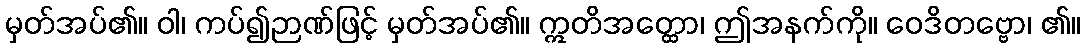
မှတ်အပ်၏။ ဝါ၊ ကပ်၍ဉာဏ်ဖြင့် မှတ်အပ်၏။ ဣတိအတ္ထော၊ ဤအနက်ကို။ ဝေဒိတဗ္ဗော၊ ၏။